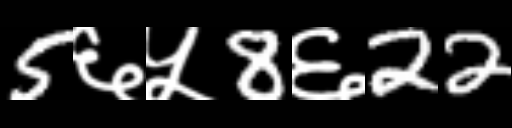
Text: 5६५8६22